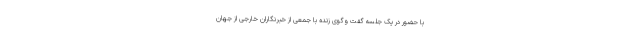
با حضور در یک جلسه گفت وگوی زنده با جمعی از خبرنگاران خارجی از جهان